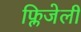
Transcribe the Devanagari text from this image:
फ्लिजेली